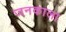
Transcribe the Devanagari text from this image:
जनकाला